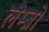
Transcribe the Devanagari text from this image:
लैम्ब्रो